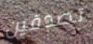
تصدقين